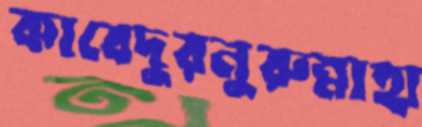
কাবেদুরনুরুন্নাহা